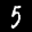
Label: 5